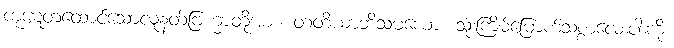
ကုဋေတထောင်သောလူနတ်ဗြဟ္မာတို့အား။ တတိယာဘိသမယော၊ သုံးကြိမ်မြောက်သစ္စာလေးပါးကို